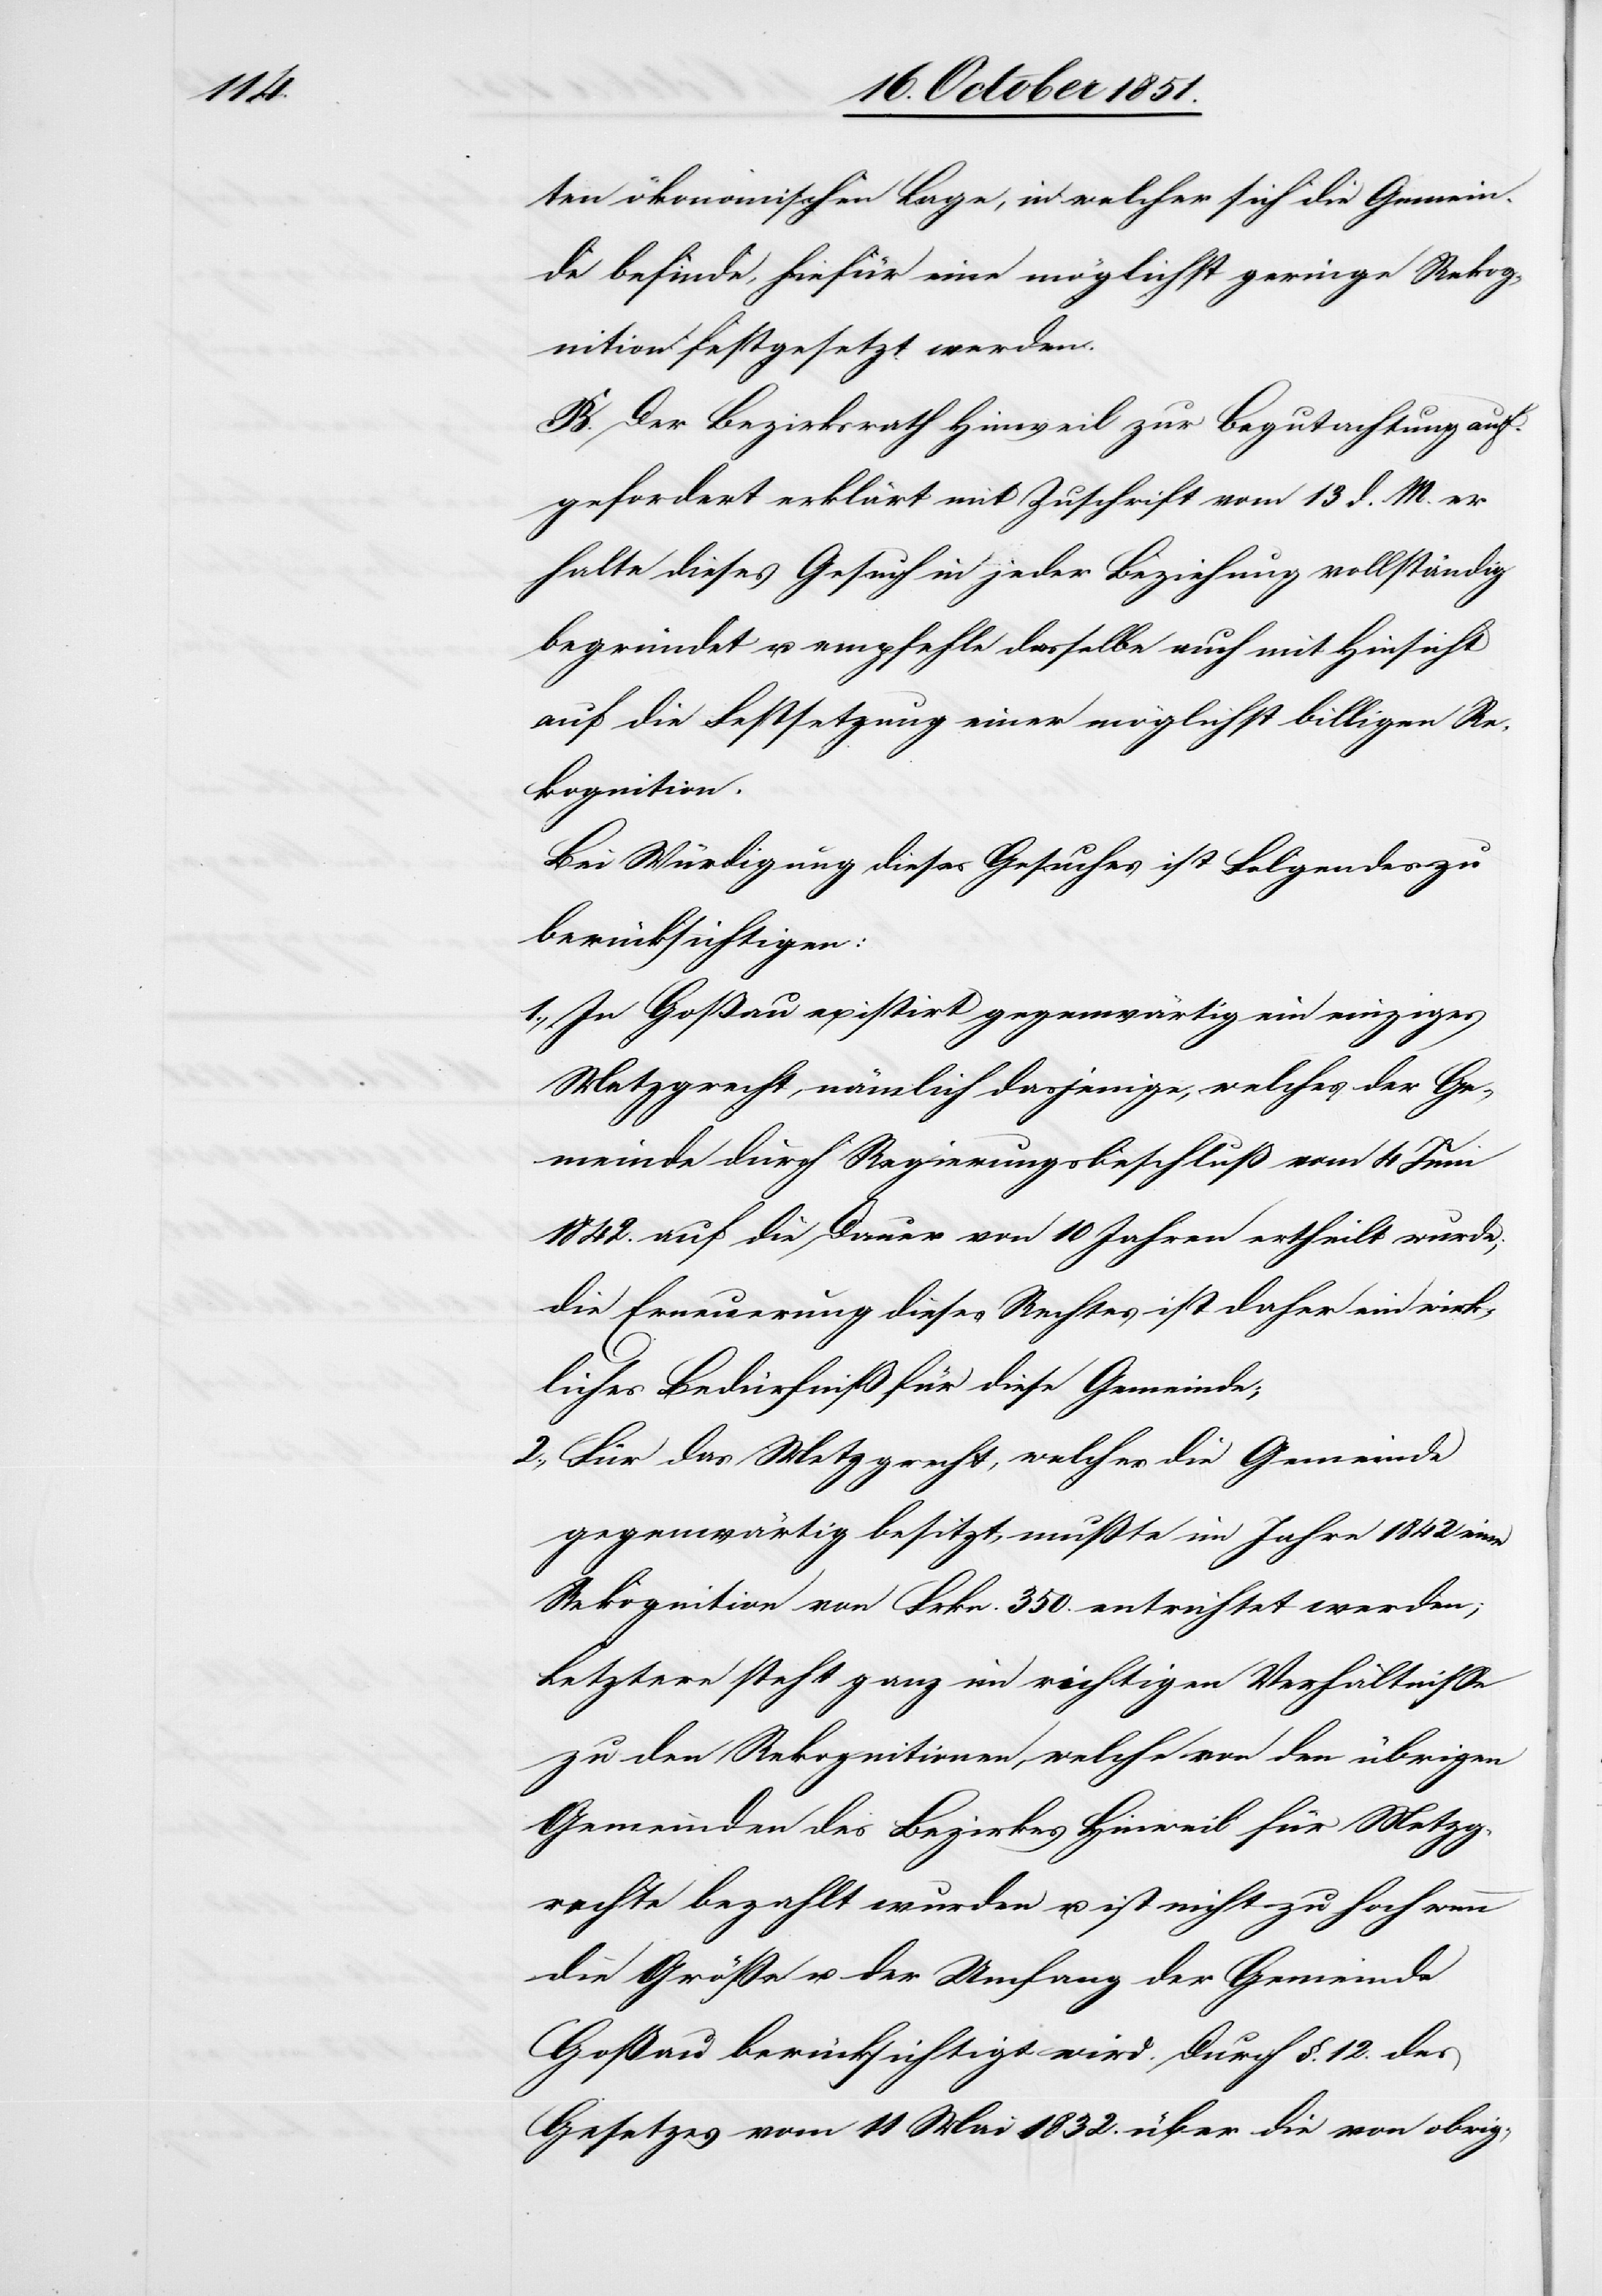
ten ökonomischen Lage, in welcher sich die Gemein¬
de befinde, hiefür eine möglichst geringe Rekog¬
nition festgesetzt werden.
B. Der Bezirksrath Hinweil zur Begutachtung auf¬
gefordert erklärt mit Zuschrift vom 13 d. M. er
halte dieses Gesuch in jeder Beziehung vollständig
begründet u. empfehle dasselbe auch mit Hinsicht
auf die Festsetzung einer möglichst billigen Re¬
kognition.
Bei Würdigung dieses Gesuches ist Folgendes zu
berücksichtigen:
1., In Goßau existirt gegenwärtig ein einziges
Metzgrecht, nämlich dasjenige, welches der Ge¬
meinde durch Regierungsbeschluß vom 4 Juni
1842. auf die Dauer von 10 Jahren ertheilt wurde;
die Erneuerung dieses Rechtes ist daher ein wirk¬
liches Bedürfniß für diese Gemeinde;
2., Für das Metzgrecht, welches die Gemeinde
gegenwärtig besitzt, mußte im Jahre 1842 eine
Rekognition von Frkn. 350. entrichtet werden;
Letztere steht ganz im richtigen Verhältnisse
zu den Rekognitionen, welche von den übrigen
Gemeinden des Bezirkes Hinweil für Metzg¬
rechte bezahlt wurden u. ist nicht zu hoch wenn
die Größe u. der Umfang der Gemeinde
Goßau berücksichtigt wird. Durch §. 12. des
Gesetzes vom 11 Mai 1832. über die von obrig-